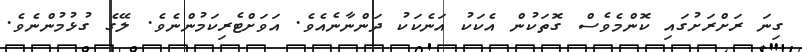
ގިނަ ރަށްރަށުގައި ކޮންމެވެސް ގޮތަކުން އެކަކު އަނެކަކު ދަންނާނެއެވެ. އަވަށްޓެރިކަމުންނެވެ. ލޭގެ ގުޅުމުންނެވެ.